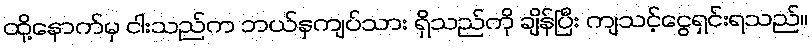
ထို့နောက်မှ ငါးသည်က ဘယ်နှကျပ်သား ရှိသည်ကို ချိန်ပြီး ကျသင့်ငွေရှင်းရသည်။